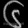
Digit: ၆